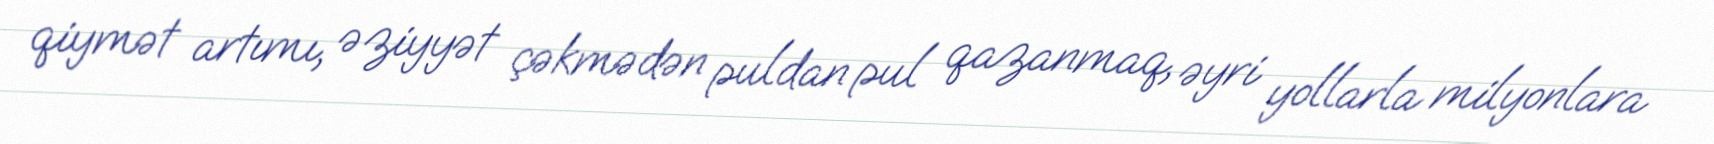
qiymət artımı, əziyyət çəkmədən puldan pul qazanmaq, əyri yollarla milyonlara